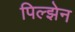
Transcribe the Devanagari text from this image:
पिल्झेन